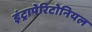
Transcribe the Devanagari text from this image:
इंट्रापेरिटोनियल